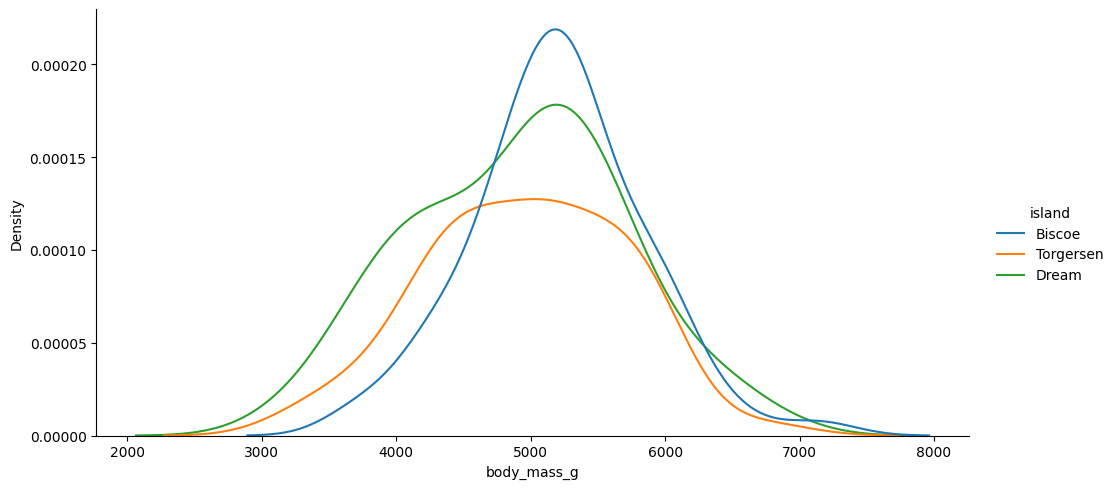
python, seaborn, displot, kind='kde', column='body_mass_g', hue='island', height=5, aspect=2.0